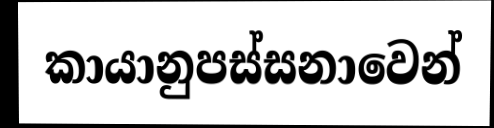
කායානුපස්සනාවෙන්